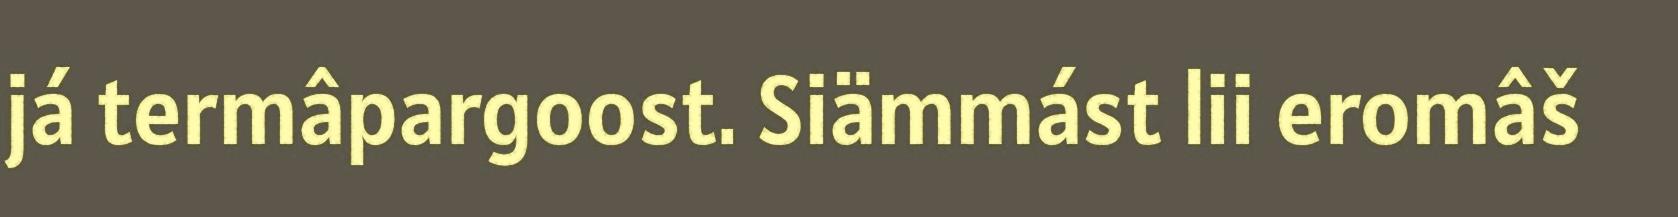
já termâpargoost. Siämmást lii eromâš